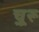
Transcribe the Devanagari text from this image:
चू़रू